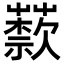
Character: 𦽣